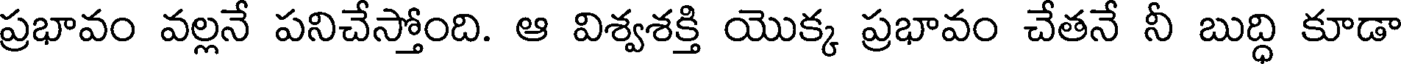
ప్రభావం వల్లనే పనిచేస్తోంది. ఆ విశ్వశక్తి యొక్క ప్రభావం చేతనే నీ బుద్ధి కూడా